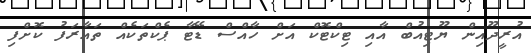
އުރީދޫއިން ޔޫޓިއުބް އާއި ޓިކްޓޮކް އަށް ހާއްސް ޑޭޓާ ޕެކްތަކެއް ތައާރަފު ކޮށްފި